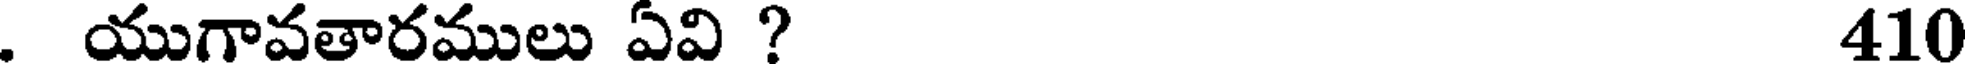
. యుగావతారములు ఏవి ? 410